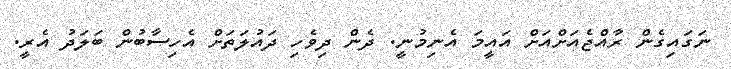
ނަގައިގެން ރާއްޖެއަށްއަށް އައީމަ އެނިމުނީ. ދެން ދިވެހި ދައުލަތަށް އެހިސާބުން ބަލަދު އެެރީ.